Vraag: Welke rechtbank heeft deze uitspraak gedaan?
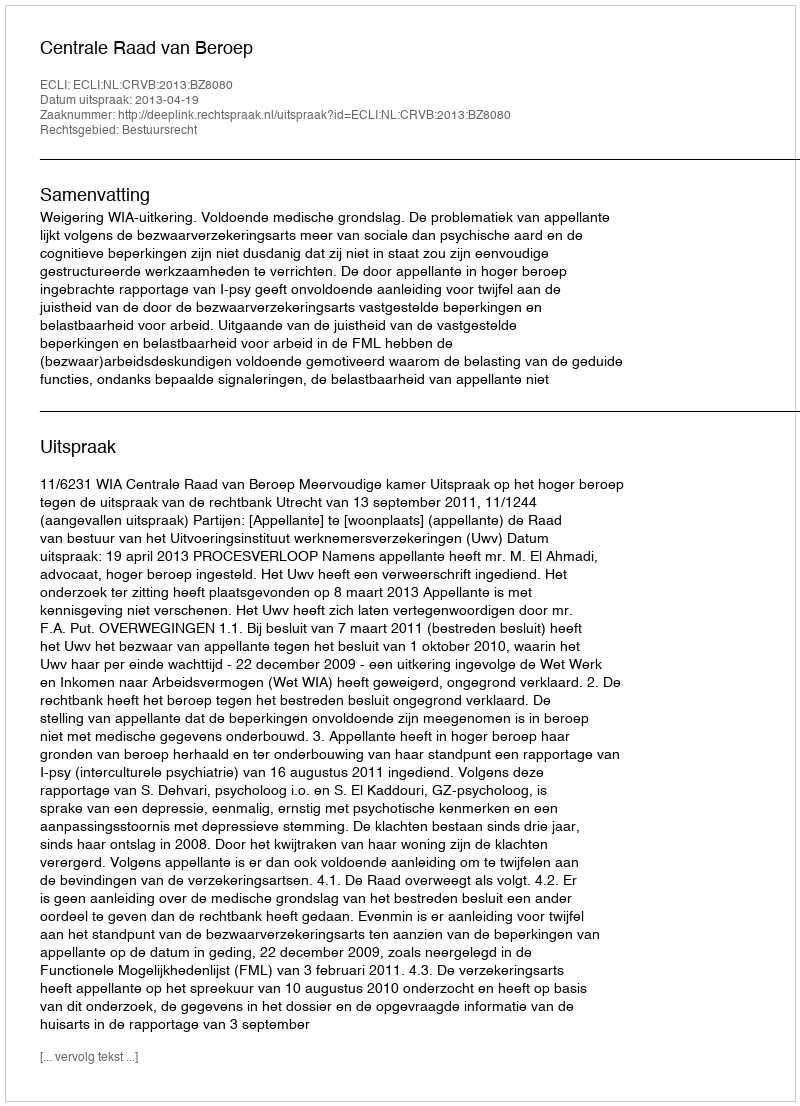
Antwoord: Centrale Raad van Beroep